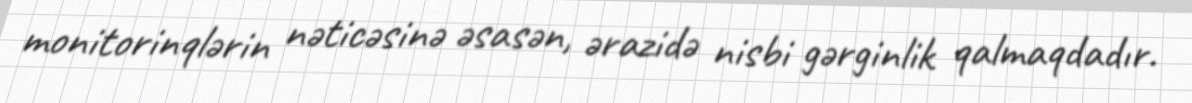
monitorinqlərin nəticəsinə əsasən, ərazidə nisbi gərginlik qalmaqdadır.